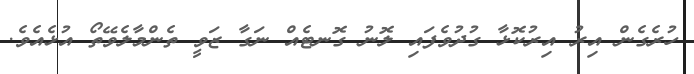
ހުރެގެން އިރު އިރުކޮޅާ ގުދުވެފައި ލޮނު ގޮނޓެއް ނަގާ ޒަވީ ތެންމާލެވޭތޯ އުޅެއެވެ.